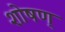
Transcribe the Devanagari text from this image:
शोषण्